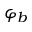
\varphi _ { b }